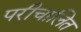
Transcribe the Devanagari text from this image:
परीचालित